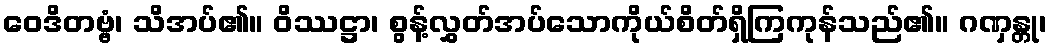
ဝေဒိတဗ္ဗံ၊ သိအပ်၏။ ဝိဿဋ္ဌာ၊ စွန့်လွှတ်အပ်သောကိုယ်စိတ်ရှိကြကုန်သည်၏။ ဂဏှန္တု၊